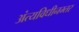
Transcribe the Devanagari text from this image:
अंत्यविधीनम्तर